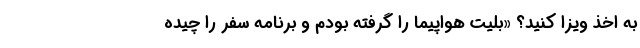
به اخذ ویزا کنید؟ «بلیت هواپیما را گرفته بودم و برنامه سفر را چیده